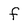
Character: f